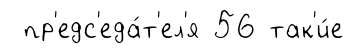
пр'едс'еда́т'ел'я 56 так'и́е